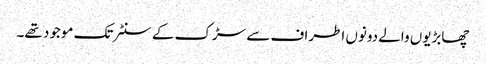
چھابڑیوں والے دونوں اطراف سے سڑک کے سنٹر تک موجود تھے۔